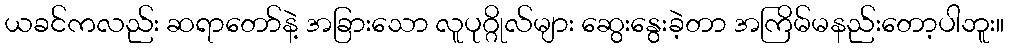
ယခင်ကလည်း ဆရာတော်နဲ့ အခြားသော လူပုဂ္ဂိုလ်များ ဆွေးနွေးခဲ့တာ အကြိမ်မနည်းတော့ပါဘူး။